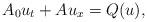
LaTeX: \begin{align*}A_0 u_t + Au_x = Q(u),\end{align*}